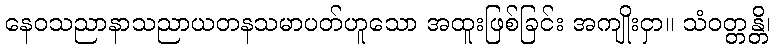
နေဝသညာနာသညာယတနသမာပတ်ဟူသော အထူးဖြစ်ခြင်း အကျိုးငှာ။ သံဝတ္တန္တိ၊